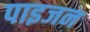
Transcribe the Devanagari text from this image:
पाइजन